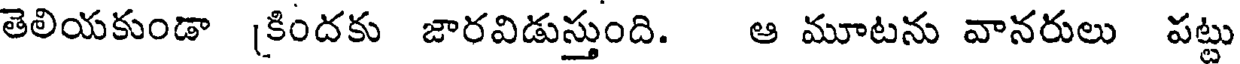
తెలియకుండా [కిందకు జారవిడుస్తుంది. ఆ మూటను వానరులు పట్టు